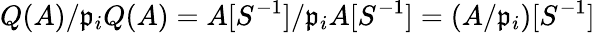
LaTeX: Q(A)/{\mathfrak{p}}_{i}Q(A)=A[S^{-1}]/{\mathfrak{p}}_{i}A[S^{-1}]=(A/{\mathfrak{p}}_{i})[S^{-1}]